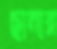
ছানার